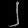
Digit: ၂